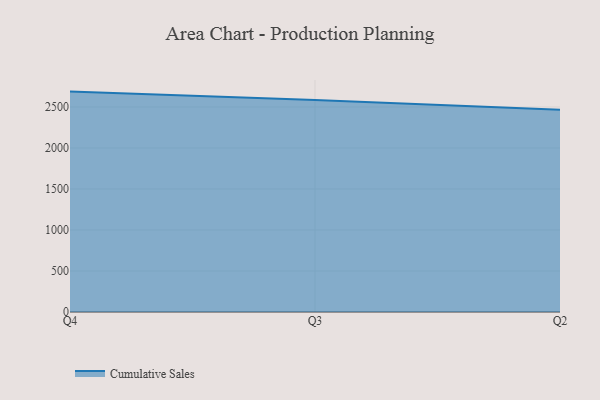
{"axis": {"x": "Quarter", "y": "Satisfaction Score"}, "legend": ["Cumulative Sales"], "data": [{"x": "Q4", "y": 2687.5, "type": "Cumulative Sales"}, {"x": "Q3", "y": 2586.3, "type": "Cumulative Sales"}, {"x": "Q2", "y": 2466.2, "type": "Cumulative Sales"}]}